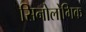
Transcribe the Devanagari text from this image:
सिनोलोगिक